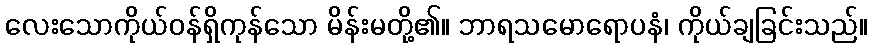
လေးသောကိုယ်ဝန်ရှိကုန်သော မိန်းမတို့၏။ ဘာရသမောရောပနံ၊ ကိုယ်ချခြင်းသည်။